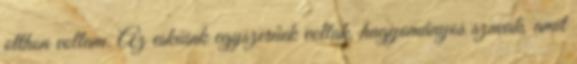
otthon voltam. Az esküink egyszerűek voltak, hagyományos szavak, amit